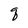
Character: q